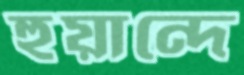
হুয়ান্দে